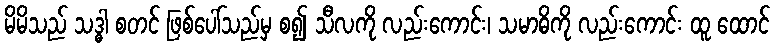
မိမိသည် သဒ္ဓါ စတင် ဖြစ်ပေါ်သည်မှ စ၍ သီလကို လည်းကောင်း၊ သမာဓိကို လည်းကောင်း ထူ ထောင်